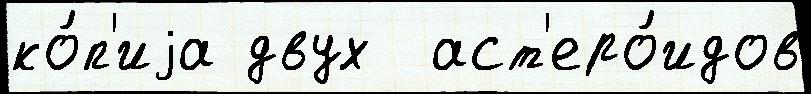
ко́п'иjа двух  аст'еро́идов